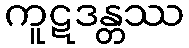
ကူဋဒန္တဿ